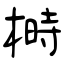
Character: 榯